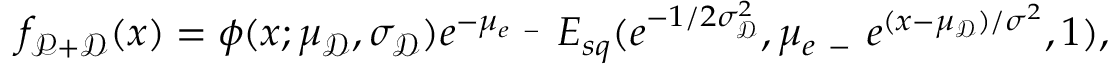
f _ { \mathscr P + \mathscr D } ( x ) = \phi ( x ; \mu _ { \mathscr D } , \sigma _ { \mathscr D } ) e ^ { - \mu _ { e \mathrm { ~ - ~ } } } E _ { s q } ( e ^ { - 1 / 2 \sigma _ { \mathscr D } ^ { 2 } } , \mu _ { e \mathrm { ~ - ~ } } e ^ { ( x - \mu _ { \mathscr D } ) / \sigma ^ { 2 } } , 1 ) ,